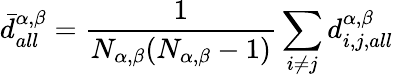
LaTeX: \displaystyle\bar{d}_{all}^{\alpha,\beta}=\frac{1}{N_{\alpha,\beta}(N_{\alpha,\beta}-1)}\sum_{i\neq j}{d_{i,j,all}^{\alpha,\beta}}